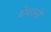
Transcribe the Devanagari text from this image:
बोधवानों